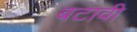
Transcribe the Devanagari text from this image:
बटावी